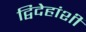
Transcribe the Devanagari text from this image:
द्विदेहांशी